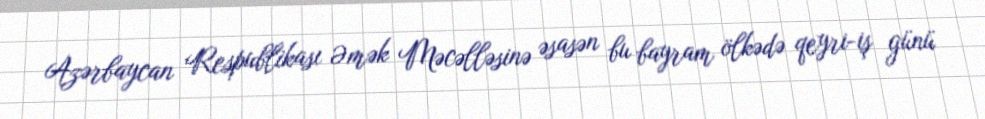
Azərbaycan Respublikası Əmək Məcəlləsinə əsasən bu bayram ölkədə qeyri-iş günü